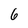
Character: 6